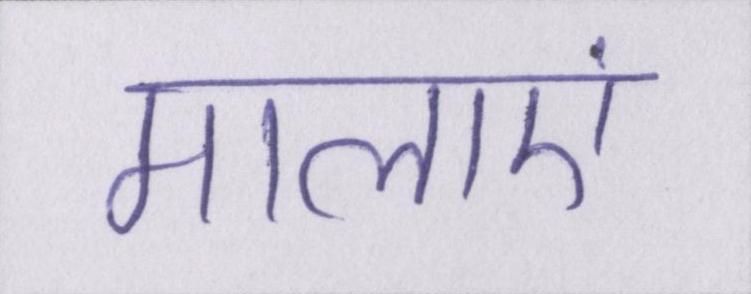
मालाएं